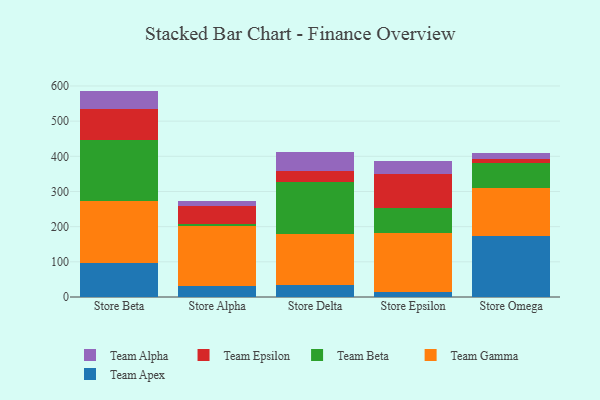
{"axis": {"x": "Store", "y": "Inventory Turnover"}, "legend": ["Team Alpha", "Team Apex", "Team Beta", "Team Epsilon", "Team Gamma"], "data": [{"x": "Store Beta", "y": 96.6, "type": "Team Apex"}, {"x": "Store Beta", "y": 176.3, "type": "Team Gamma"}, {"x": "Store Beta", "y": 173.6, "type": "Team Beta"}, {"x": "Store Beta", "y": 88.9, "type": "Team Epsilon"}, {"x": "Store Beta", "y": 50.7, "type": "Team Alpha"}, {"x": "Store Alpha", "y": 31.3, "type": "Team Apex"}, {"x": "Store Alpha", "y": 169.2, "type": "Team Gamma"}, {"x": "Store Alpha", "y": 6.5, "type": "Team Beta"}, {"x": "Store Alpha", "y": 52.4, "type": "Team Epsilon"}, {"x": "Store Alpha", "y": 12.8, "type": "Team Alpha"}, {"x": "Store Delta", "y": 33.9, "type": "Team Apex"}, {"x": "Store Delta", "y": 145.9, "type": "Team Gamma"}, {"x": "Store Delta", "y": 145.8, "type": "Team Beta"}, {"x": "Store Delta", "y": 31.6, "type": "Team Epsilon"}, {"x": "Store Delta", "y": 54.8, "type": "Team Alpha"}, {"x": "Store Epsilon", "y": 15.5, "type": "Team Apex"}, {"x": "Store Epsilon", "y": 166.6, "type": "Team Gamma"}, {"x": "Store Epsilon", "y": 69.6, "type": "Team Beta"}, {"x": "Store Epsilon", "y": 97.5, "type": "Team Epsilon"}, {"x": "Store Epsilon", "y": 38.4, "type": "Team Alpha"}, {"x": "Store Omega", "y": 172.7, "type": "Team Apex"}, {"x": "Store Omega", "y": 136.2, "type": "Team Gamma"}, {"x": "Store Omega", "y": 71.0, "type": "Team Beta"}, {"x": "Store Omega", "y": 11.7, "type": "Team Epsilon"}, {"x": "Store Omega", "y": 18.8, "type": "Team Alpha"}]}